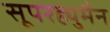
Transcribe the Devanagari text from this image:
सूपरह्युमैन